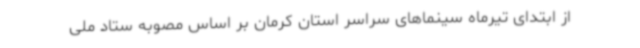
از ابتدای تیرماه سینما‌های سراسر استان کرمان بر اساس مصوبه ستاد ملی